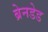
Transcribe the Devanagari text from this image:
ब्रेनडेड